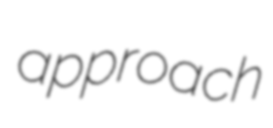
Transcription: approach